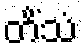
တိံသံ